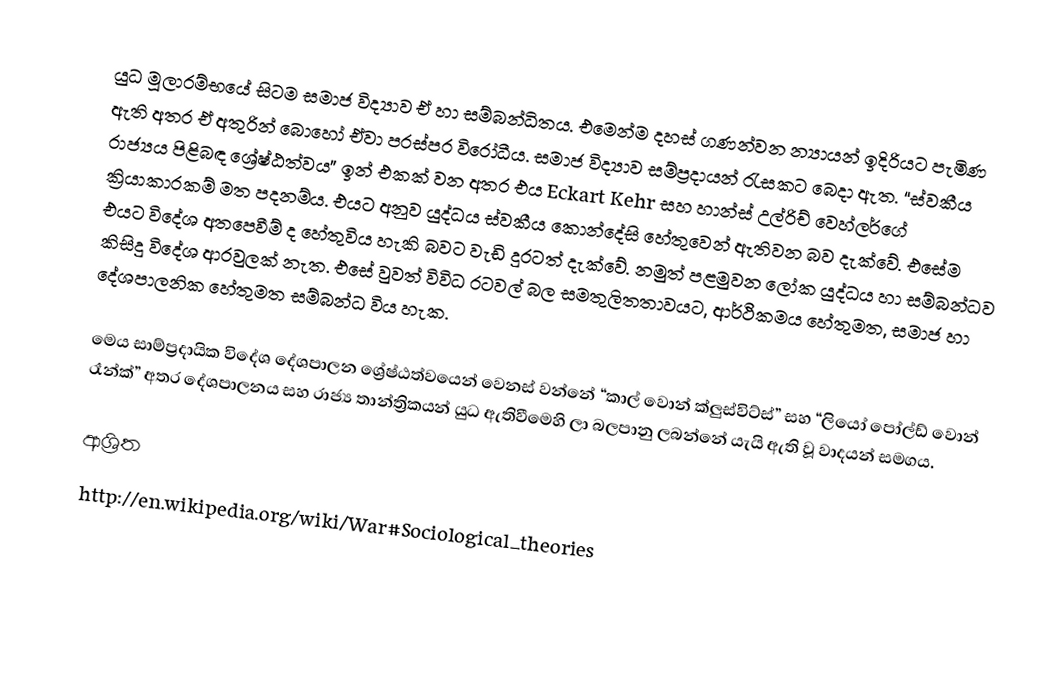
යුධ මූලාරම්භයේ සිටම සමාජ විද්‍යාව ඒ හා සම්බන්ධිතය. එමෙන්ම දහස් ගණන්වන න්‍යායන් ඉදිරියට පැමිණ ඇති අතර ඒ අතුරින් බොහෝ ඒවා පරස්පර විරෝධීය. සමාජ විද්‍යාව සම්ප්‍රදායන් රැසකට බෙදා ඇත. “ස්වකීය රාජ්‍යය පිළිබඳ ශ්‍රේෂ්ඨත්වය” ඉන් එකක් වන අතර එය Eckart Kehr සහ හාන්ස් උල්රිච් වෙහ්ලර්ගේ ක්‍රියාකාරකම් මත පදනම්ය. එයට අනුව යුද්ධය ස්වකීය කොන්දේසි හේතුවෙන් ඇතිවන බව දැක්වේ. එසේම එයට විදේශ අතපෙවීම් ද හේතුවිය හැකි බවට වැඩි දුරටත් දැක්වේ. නමුත් පළමුවන ලෝක  යුද්ධය හා සම්බන්ධව කිසිදු විදේශ ආරවුලක් නැත. එසේ වුවත් විවිධ රටවල් බල සමතුලිතතාවයට, ආර්ථිකමය හේතුමත, සමාජ හා දේශපාලනික හේතුමත සම්බන්ධ විය හැක.

මෙය සාම්ප්‍රදායික විදේශ දේශපාලන ශ්‍රේෂ්ඨත්වයෙන් වෙනස් වන්නේ “කාල් වොන් ක්ලුස්විට්ස්” සහ “ලියෝ පෝල්ඩ් වොන් රෑන්ක්”  අතර දේශපාලනය සහ රාජ්‍ය තාන්ත්‍රිකයන් යුධ ඇතිවීමෙහි ලා බලපානු ලබන්නේ යැයි ඇති වූ වාදයන් සමගය.

ආශ්‍රිත
http://en.wikipedia.org/wiki/War#Sociological_theories